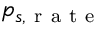
p _ { s , \mathrm { ~ r ~ a ~ t ~ e ~ } }